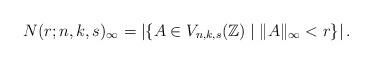
LaTeX: \begin{align*} N(r; n, k, s)_{\infty} = \left| \{ A \in V_{n, k, s}(\mathbb{Z}) \mid \|A\|_{\infty} < r \} \right|.\end{align*}